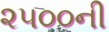
૨૫૦૦ની